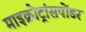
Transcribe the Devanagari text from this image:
माइक्रोट्रांसपोंडर